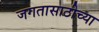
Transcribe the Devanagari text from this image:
जगतासाठीच्या